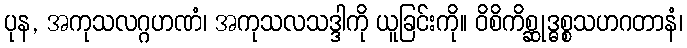
ပုန, အကုသလဂ္ဂဟဏံ၊ အကုသလသဒ္ဒါကို ယူခြင်းကို။ ဝိစိကိစ္ဆုဒ္ဓစ္စသဟဂတာနံ၊